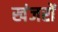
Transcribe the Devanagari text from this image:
खंजरों